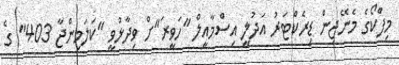
މިފްކޯގެ މެނޭޖިން ޑިރެކްޓަރު އަދުލީ އިސްމާއީލް "ހަވީރަ"ށް ވިދާޅުވީ "ކަލަމިންޖާ 403" ގެ